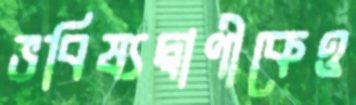
ভবিষ্যদ্বাণীকেও